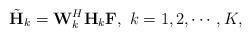
LaTeX: \begin{align*} \tilde{\mathbf{H}}_k = \mathbf{W}_k^H\mathbf{H}_k \mathbf{F},~k=1,2,\cdots,K,\end{align*}